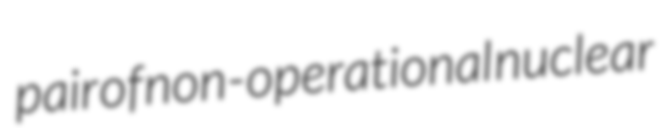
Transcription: pair of non-operational nuclear